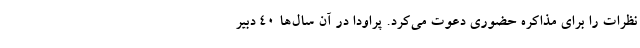
نظرات را برای مذاکره حضوری دعوت می‌کرد. پراودا در آن سال‌ها ۴۰ دبیر